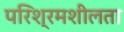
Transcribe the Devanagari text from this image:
परिश्रमशीलता